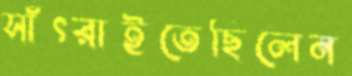
সাঁৎরাইতেছিলেন